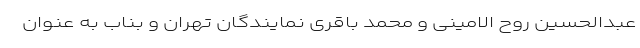
عبدالحسین روح الامینی و محمد باقری نمایندگان تهران و بناب به عنوان